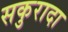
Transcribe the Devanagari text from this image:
सकुरादा